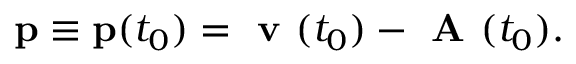
\mathbf { p } \equiv \mathbf { p } ( t _ { 0 } ) = \textbf { v } ( t _ { 0 } ) - \textbf { A } ( t _ { 0 } ) .